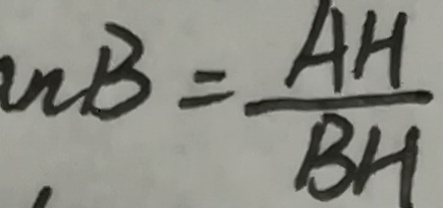
W B = \frac { A H } { B H }